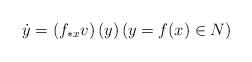
LaTeX: \begin{align*}\dot{y}=\left(f_{\ast x}v\right)(y)\left(y = f(x)\in N\right)\end{align*}